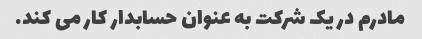
مادرم در یک شرکت به عنوان حسابدار کار می کند.